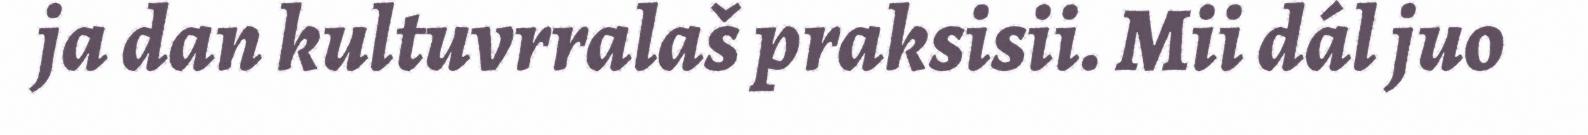
ja dan kultuvrralaš praksisii. Mii dál juo